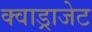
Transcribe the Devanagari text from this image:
क्वाड्राजेट